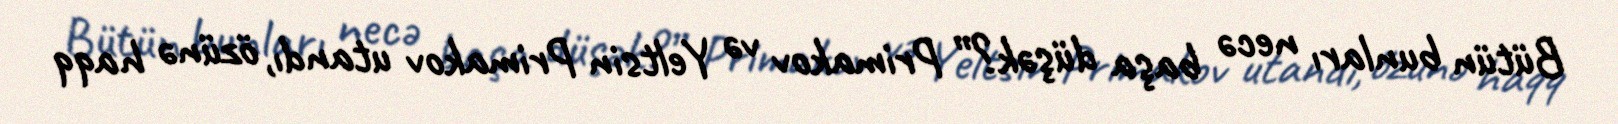
Bütün bunları necə başa düşək?” Primakov və Yeltsin Primakov utandı, özünə haqq